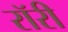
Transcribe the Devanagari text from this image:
रॉरी